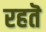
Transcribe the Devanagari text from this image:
रहतॆ